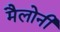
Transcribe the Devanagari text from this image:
मैलोनी